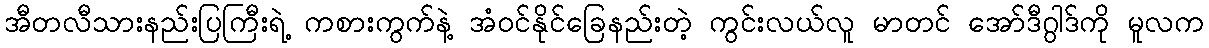
အီတလီသားနည်းပြကြီးရဲ့ ကစားကွက်နဲ့ အံဝင်နိုင်ခြေနည်းတဲ့ ကွင်းလယ်လူ မာတင် အော်ဒီဂွါဒ်ကို မူလက